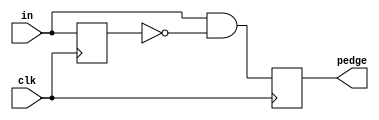
module top_module (
    input clk,
    input [7:0] in,
    output reg [7:0] pedge
);
    // Register to hold the previous state of the input
    reg [7:0] prev_in;

    always @(posedge clk) begin
        // Detect the 0 to 1 transition for each bit
        pedge <= (in & ~prev_in);

        // Update the previous state to current state
        prev_in <= in;
    end
endmodule